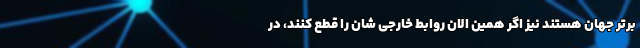
برتر جهان هستند نیز اگر همین الان روابط خارجی شان را قطع کنند، در